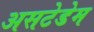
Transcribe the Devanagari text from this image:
असटेडेम